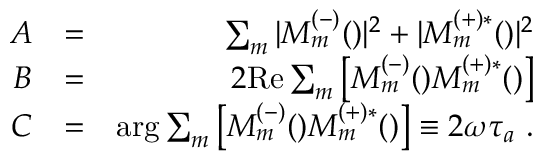
\begin{array} { r l r } { A } & { = } & { \sum _ { m } | { \cal M } _ { m } ^ { ( - ) } ( \k ) | ^ { 2 } + | { \cal M } _ { m } ^ { ( + ) * } ( \k ) | ^ { 2 } } \\ { B } & { = } & { 2 \mathrm { R e } \sum _ { m } \left[ { \cal M } _ { m } ^ { ( - ) } ( \k ) { \cal M } _ { m } ^ { ( + ) * } ( \k ) \right] } \\ { C } & { = } & { \arg \sum _ { m } \left[ { \cal M } _ { m } ^ { ( \mathrm { - ) } } ( \k ) { \cal M } _ { m } ^ { ( \mathrm { + ) * } } ( \k ) \right] \equiv 2 \omega \tau _ { a } \ . } \end{array}